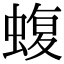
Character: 蝮